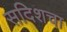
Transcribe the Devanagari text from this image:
सदिशचा